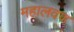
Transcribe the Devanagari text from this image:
महालवण